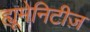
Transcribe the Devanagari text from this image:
ह्यूमेनिटीज़